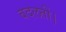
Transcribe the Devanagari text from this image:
बदलतीं।